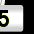
Digit: 5